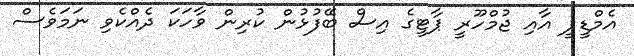
އެމްޑީޕީ އާއި ޖުމްހޫރީ ޕާޓީގެ އިސް ބޭފުޅުން ކުރިން ވާހަކަ ދެއްކެވި ނަމަވެސް